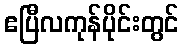
ဧပြီလကုန်ပိုင်းတွင်